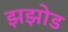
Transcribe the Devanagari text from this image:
झझोड